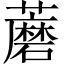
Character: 蘑